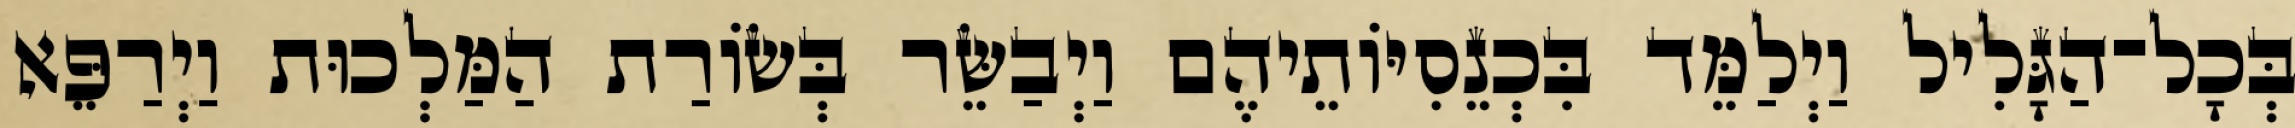
בְּכָל־הַגָּלִיל וַיְלַמֵּד בִּכְנֵסִיּוֹתֵיהֶם וַיְבַשֵּׂר בְּשׂוֹרַת הַמַּלְכוּת וַיְרַפֵּא